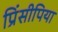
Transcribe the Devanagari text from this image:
प्रिंसीपिया